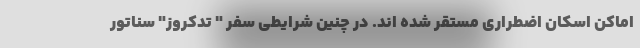
اماکن اسکان اضطراری مستقر شده اند. در چنین شرایطی سفر " تدکروز" سناتور